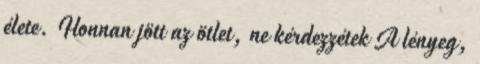
élete. Honnan jött az ötlet, ne kérdezzétek A lényeg,